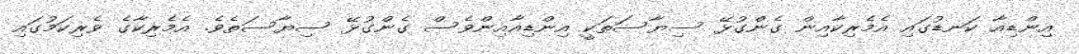
އިންޑިއާ ކަނޑުގައި އެމެރިކާއިން ގެންގުޅޭ ސިޔާސަތަކީ އިންޑިއާއިންވެސް ގެންގުޅޭ ސިޔާސަތެވެ. އެމެރިކާގެ ވެރިކަމުގައި